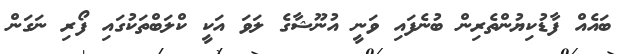
ބައެއް ފާޑުކިޔުންތެރިން ބުނެފައި ވަނީ އުނޫޝާގެ ލަވަ އަކީ ކްލަބްތަކުގައި ފޯރި ނަގަން